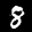
Label: 8